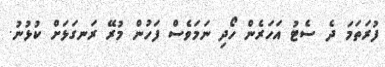
ފުރަތަމަ ދެ ސެޓު އަހަރެން ހޯދި ނަމަވެސް ފަހުން މުރޭ ރަނގަޅަށް ކުޅުނު.